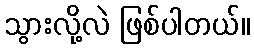
သွားလို့လဲ ဖြစ်ပါတယ်။